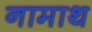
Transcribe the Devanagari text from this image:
नामाथ